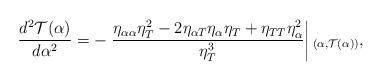
LaTeX: \begin{align*} \frac{d^2\mathcal{T}(\alpha)}{d\alpha^2} =-\left. \frac{\eta_{\alpha\alpha}\eta_T^2 - 2 \eta_{\alpha T}\eta_{\alpha}\eta_T + \eta_{TT}\eta_{\alpha}^2}{\eta_T^3}\right|{}_{\left(\alpha,\mathcal{T}(\alpha)\right)},\end{align*}